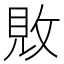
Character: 𫾴